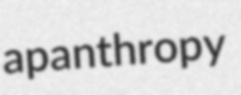
apanthropy